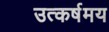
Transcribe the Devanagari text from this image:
उत्कर्षमय